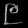
Digit: ၉